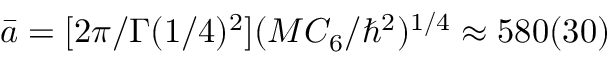
\bar { a } = [ 2 \pi / \Gamma ( 1 / 4 ) ^ { 2 } ] ( M C _ { 6 } / \hbar ^ { 2 } ) ^ { 1 / 4 } \approx 5 8 0 ( 3 0 )